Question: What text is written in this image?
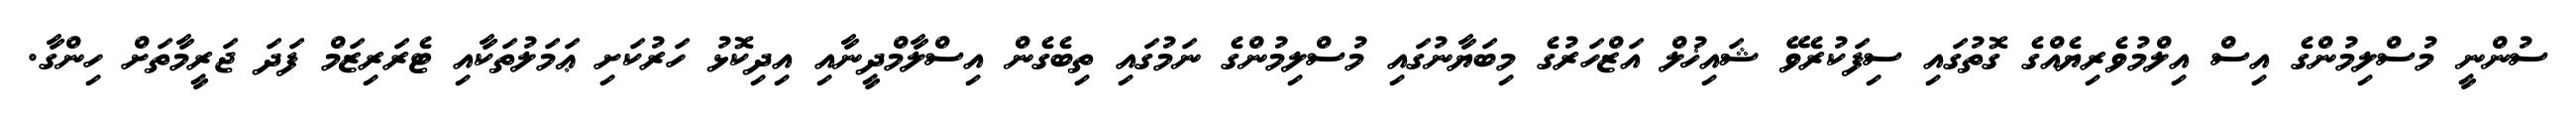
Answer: ސުންނީ މުސްލިމުންގެ އިސް އިލްމުވެރިޔެއްގެ ގޮތުގައި ސިފަކުރެވޭ ޝައިޚުލް އަޒްހަރުގެ މިބަޔާނުގައި މުސްލިމުންގެ ނަމުގައި ތިބެގެން އިސްލާމްދީނާއި އިދިކޮޅު ހަރުކަށި ޢަމަލުތަކާއި ޓެރަރިޒަމް ފަދަ ޖަރީމާތަށް ހިންގާ.